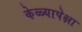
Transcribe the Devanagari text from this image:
केळ्यापेक्षा